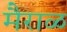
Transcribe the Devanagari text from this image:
मैराळ